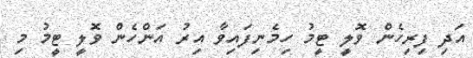
އަދި ފިރިހެން ވޮލީ ޓީމު ހިމެނިފައިވާ އިރު އަންހެން ވޮލީ ޓީމު މި